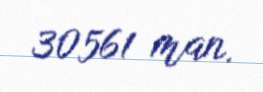
30561 man.